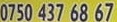
0750 437 68 67